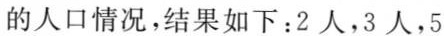
的人口情况，结果如下：2人，3人，5